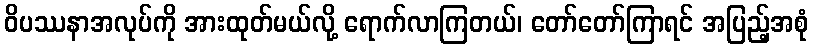
ဝိပဿနာအလုပ်ကို အားထုတ်မယ်လို့ ရောက်လာကြတယ်၊ တော်တော်ကြာရင် အပြည့်အစုံ